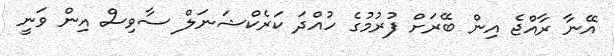
އޭނާ ރާއްޖެ އިން ބޭރަށް ފުރުމުގެ ހުއްދަ ކަރެކްޝަނަލް ސާވިސް އިން ވަނީ